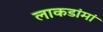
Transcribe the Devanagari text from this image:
लाकडांमां